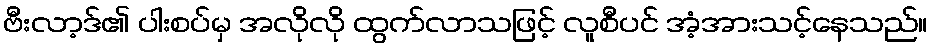
ဗီးလာ့ဒ်၏ ပါးစပ်မှ အလိုလို ထွက်လာသဖြင့် လူစီပင် အံ့အားသင့်နေသည်။